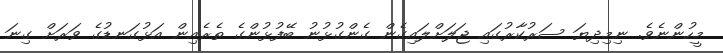
މީހުންނެވެ. ނިމިދިޔަ ސަރުކާރުގައި ޖަލަށްލައިގެން ގެންގުޅުނު ބޭފުޅުންގެ ތެރެއިން އަޅުގަނޑުގެ ވަރަށް ގިނަ